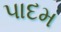
પાદમ